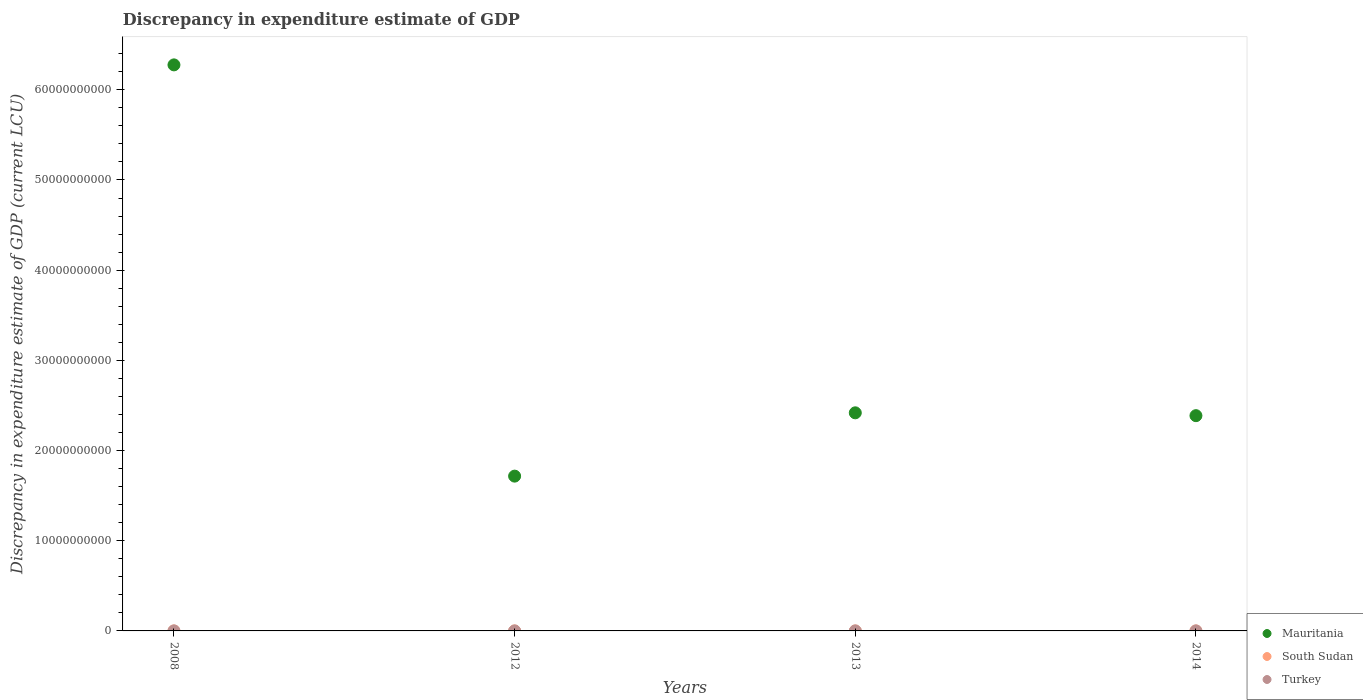
| Years | Mauritania | South Sudan | Turkey |
 | --- | --- | --- | --- |
 | 2008 | 6.28e+10 | -5e-06 | 7e-05 |
 | 2012 | 1.72e+10 | -6.5e-06 | 100 |
 | 2013 | 2.42e+10 | 2.53e+04 | 0.00026 |
 | 2014 | 2.39e+10 | 0.000109 | -700 |